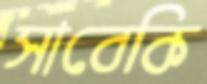
সাবেকি